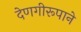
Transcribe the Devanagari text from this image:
देणगीरूपाने